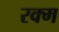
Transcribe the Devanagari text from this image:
रक्म